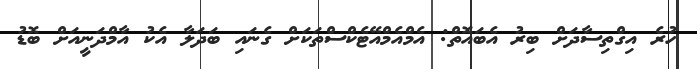
ހުރެ އިގްތިސާދަށް ބިރު އެބައޮތް: އެމްއެމްއޭޓެކްސްތަކަށް ގެނައި ބަދަލާ އެކު އާމްދަނީއަށް ބޮޑު